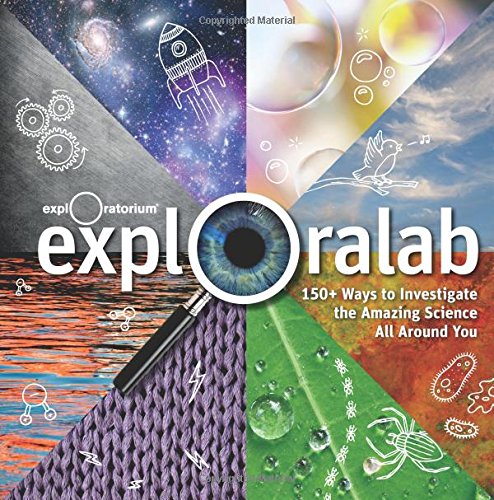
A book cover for Exploralab; The Exploratorium; Children's Books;